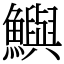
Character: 鱮